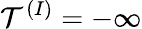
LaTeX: \mathcal{T}^{(I)}=-\infty